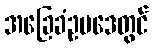
အခြေခံဥပဒေတွင်